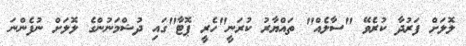
ލޮލަށް ފަރުދާ ކުރެވޭ "ސާލެއް" ތައްޔާރު ކުރަނީ"ހެރީ ޕޮޓާ"ގައި ދުޝްމަނުންގެ ލޮލަށް ނުފެންނަ